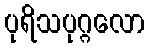
ပုရိသပုဂ္ဂလော